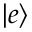
| e \rangle